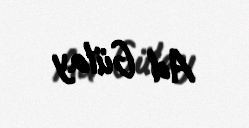
Ad Gülay